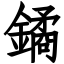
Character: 鐍